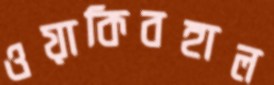
ওয়াকিবহাল